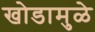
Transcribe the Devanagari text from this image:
खोडामुळे